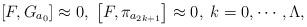
LaTeX: \begin{align*}\left[ F,G_{a_{0}}\right] \approx 0,\;\left[ F,\pi _{a_{2k+1}}\right]\approx 0,\;k=0,\cdots ,\Lambda , \end{align*}